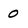
Character: 0